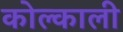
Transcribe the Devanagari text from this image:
कोल्काली